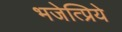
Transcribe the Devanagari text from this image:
भजेत्प्रिये